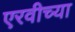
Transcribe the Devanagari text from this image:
एरवीच्या